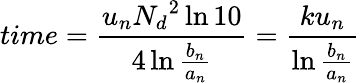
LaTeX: time={\frac{u_{n}{N_{d}}^{2}\ln 10}{4\ln{\frac{b_{n}}{a_{n}}}}}={\frac{ku_{n}}{\ln{\frac{b_{n}}{a_{n}}}}}